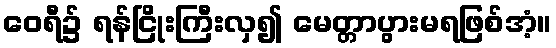
ဝေရီ၌ ရန်ငြိုးကြီးလှ၍ မေတ္တာပွားမရဖြစ်အံ့။